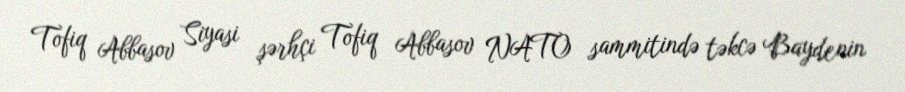
Tofiq Abbasov Siyasi şərhçi Tofiq Abbasov NATO sammitində təkcə Baydenin